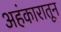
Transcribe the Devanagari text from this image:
अहंकारातून